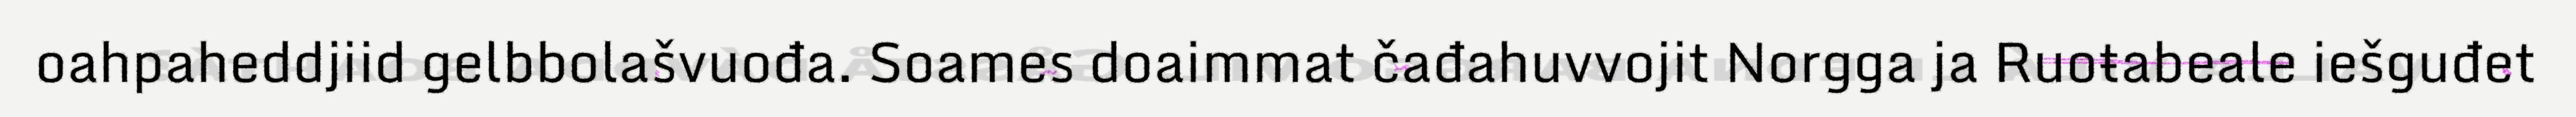
oahpaheddjiid gelbbolašvuođa. Soames doaimmat čađahuvvojit Norgga ja Ruoŧabeale iešguđet